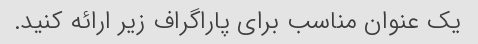
یک عنوان مناسب برای پاراگراف زیر ارائه کنید.